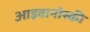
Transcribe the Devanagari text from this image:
आइवानोस्की